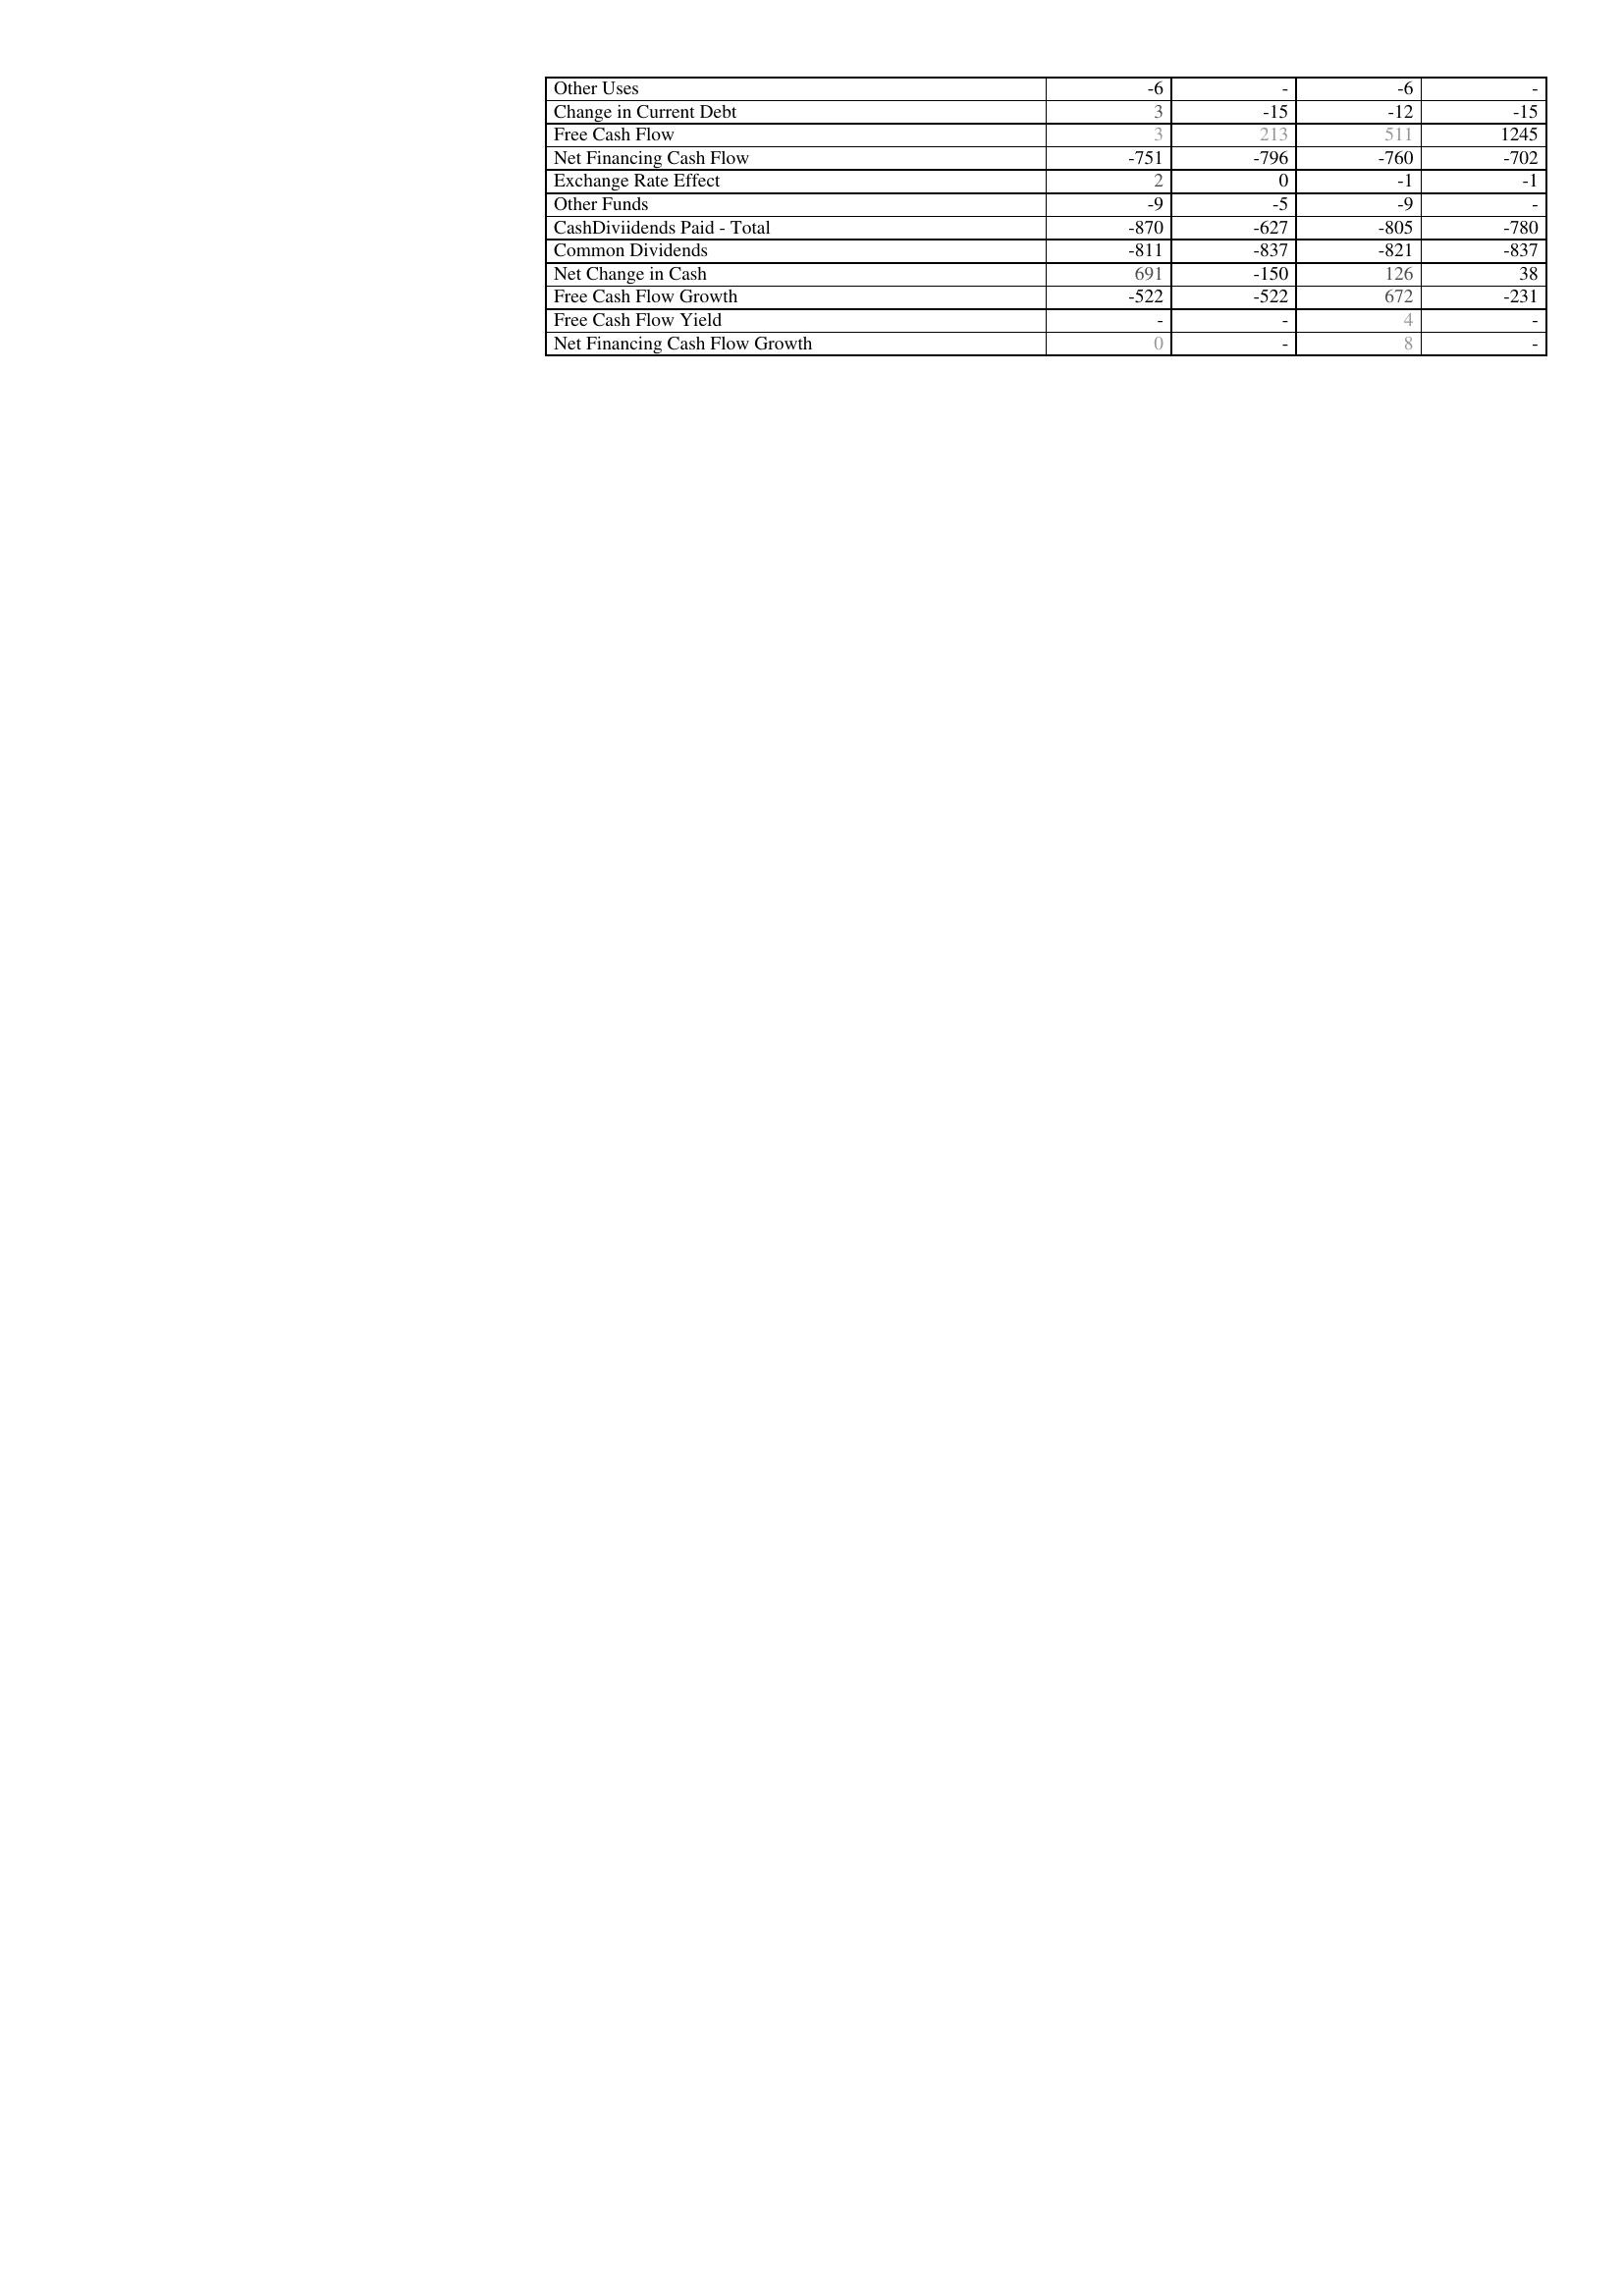
2014: Financing Activities: Other Uses: -6
Change in Current Debt: 3
Free Cash Flow: 3
Net Financing Cash Flow: -751
Exchange Rate Effect: 2
Other Funds: -9
CashDiviidends Paid - Total: -870
Common Dividends: -811
Net Change in Cash: 691
Free Cash Flow Growth: -522
Free Cash Flow Yield: -
Net Financing Cash Flow Growth: 0
2013: Financing Activities: Other Uses: -
Change in Current Debt: -15
Free Cash Flow: 213
Net Financing Cash Flow: -796
Exchange Rate Effect: 0
Other Funds: -5
CashDiviidends Paid - Total: -627
Common Dividends: -837
Net Change in Cash: -150
Free Cash Flow Growth: -522
Free Cash Flow Yield: -
Net Financing Cash Flow Growth: -
2012: Financing Activities: Other Uses: -6
Change in Current Debt: -12
Free Cash Flow: 511
Net Financing Cash Flow: -760
Exchange Rate Effect: -1
Other Funds: -9
CashDiviidends Paid - Total: -805
Common Dividends: -821
Net Change in Cash: 126
Free Cash Flow Growth: 672
Free Cash Flow Yield: 4
Net Financing Cash Flow Growth: 8
2011: Financing Activities: Other Uses: -
Change in Current Debt: -15
Free Cash Flow: 1245
Net Financing Cash Flow: -702
Exchange Rate Effect: -1
Other Funds: -
CashDiviidends Paid - Total: -780
Common Dividends: -837
Net Change in Cash: 38
Free Cash Flow Growth: -231
Free Cash Flow Yield: -
Net Financing Cash Flow Growth: -